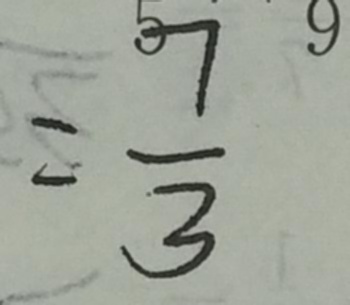
= \frac { 7 } { 3 }